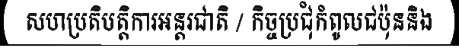
សហប្រតិបត្តិការអន្តរជាតិ / កិច្ចប្រជុំកំពូលជប៉ុននិង